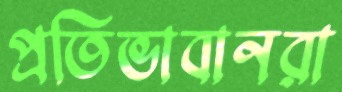
প্রতিভাবানরা